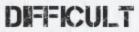
DIFFICULT